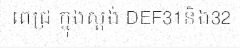
ពេជ្រ ក្នុងស្តង់ DEF31និង32